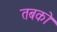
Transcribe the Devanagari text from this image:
तबको